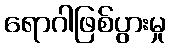
ရောဂါဖြစ်ပွားမှု